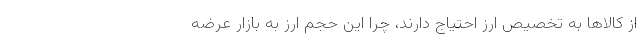
از کالاها به تخصیص ارز احتیاج دارند، چرا این حجم ارز به بازار عرضه